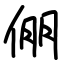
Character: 倗